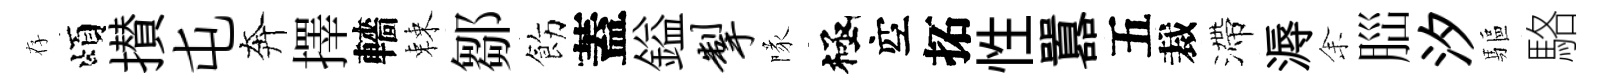
存頌攅屯奔擇轖棘鄒飭蓋鎰掣隊極空拓性囂五裁滯溽𪜬𦛁汐驅駱